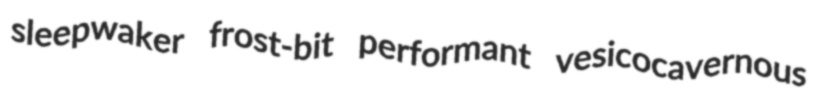
sleepwaker frost-bit performant vesicocavernous